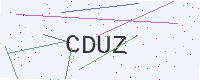
Text: CDUZ